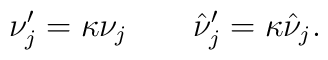
\nu^\prime_j=\kappa\nu_j\quad\quad \hat \nu^\prime_j=\kappa\hat\nu_j.